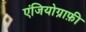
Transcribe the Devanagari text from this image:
एंजियोग्राफ़ी